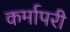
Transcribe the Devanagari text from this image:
कर्मापरी